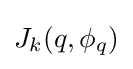
J_{k}(q,\phi _{q})